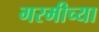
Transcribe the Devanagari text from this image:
गरमीच्या